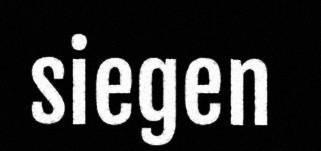
siegen